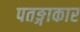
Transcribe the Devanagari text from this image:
पतङ्गाकार